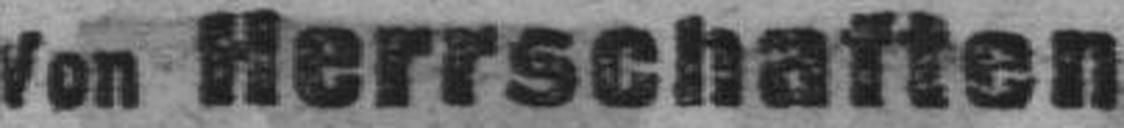
Von Herrschaften